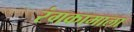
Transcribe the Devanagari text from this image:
रंगकामाला